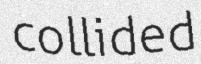
collided